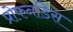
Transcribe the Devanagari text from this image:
प्रोफनडिस